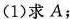
(1)求A；